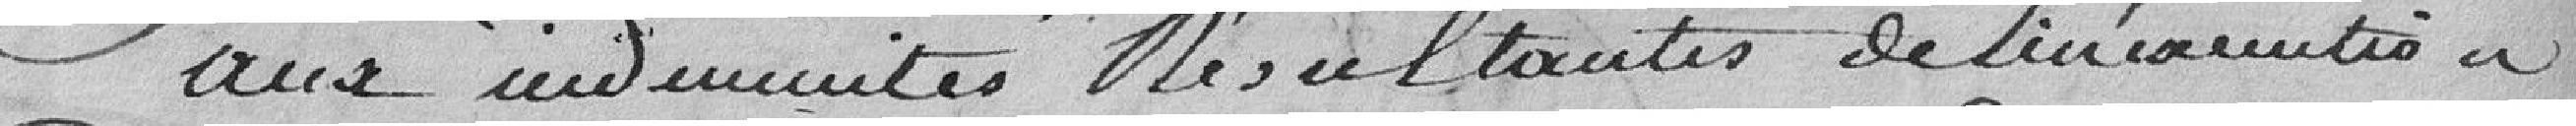
aux indemnités résultantes de l'inération